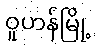
ဝူဟန်မြို့